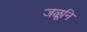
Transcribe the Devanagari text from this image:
जळूनि